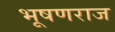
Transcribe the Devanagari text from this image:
भूषणराज